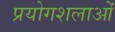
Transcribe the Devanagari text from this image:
प्रयोगशलाओं